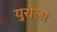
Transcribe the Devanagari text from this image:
युरोला